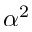
\alpha ^ { 2 }